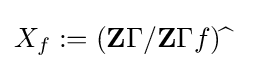
X_{f}:=(\mathbf {Z} \Gamma /\mathbf {Z} \Gamma f){\widehat {\ }}\